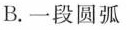
B.一段圆弧